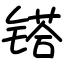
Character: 𨱏